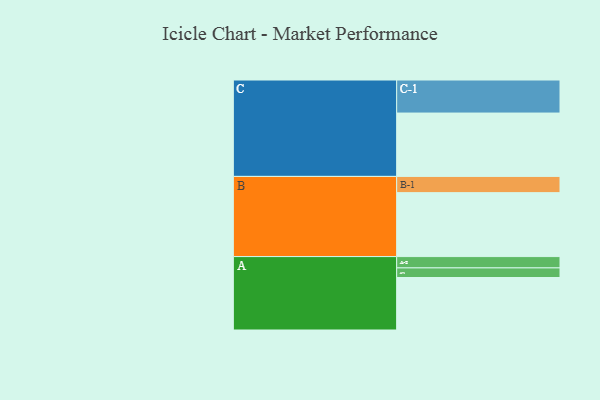
{"axis": {"x": "Segment", "y": "Value"}, "legend": ["", "A", "B", "C"], "data": [{"x": "A", "y": 459, "type": ""}, {"x": "B", "y": 559, "type": ""}, {"x": "C", "y": 554, "type": ""}, {"x": "A-1", "y": 84, "type": "A"}, {"x": "A-2", "y": 99, "type": "A"}, {"x": "B-1", "y": 142, "type": "B"}, {"x": "C-1", "y": 289, "type": "C"}]}